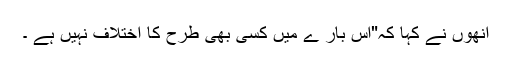
انھوں نے کہا کہ"اس بار ے میں کسی بھی طرح کا اختلاف نہیں ہے ۔